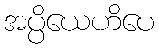
အပ္ပိယေဟိပေ